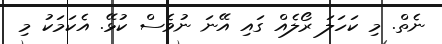
ނެތް. މި ކަހަލަ ރޯލެއް ގައި އޭނަ ނުވެސް ކުޅޭ. އެކަމަކު މި